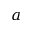
a